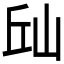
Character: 𱛛